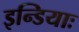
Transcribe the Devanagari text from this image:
इन्डियाः